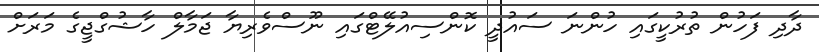
ދާދި ފަހުން ތުރުކީގައި ހުންނަ ސައުދީ ކޮންސިއުލޭޓްގައި ނޫސްވެރިޔާ ޖަމާލް ހާޝުގްޖީގެ މަރަށް